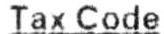
TAX CODE